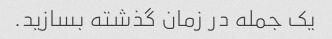
یک جمله در زمان گذشته بسازید.